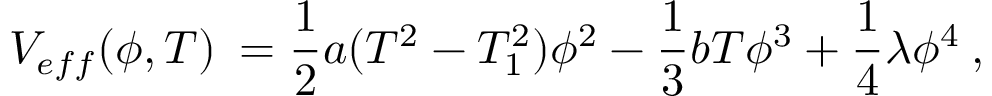
V _ { e f f } ( \phi , T ) \: = \frac { 1 } { 2 } a ( T ^ { 2 } - T _ { 1 } ^ { 2 } ) \phi ^ { 2 } - \frac { 1 } { 3 } b T \phi ^ { 3 } + \frac { 1 } { 4 } \lambda \phi ^ { 4 } \: ,